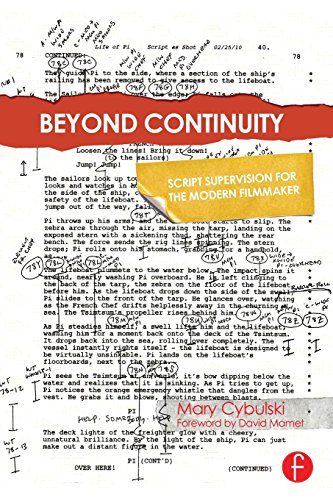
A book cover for Beyond Continuity: Script Supervision for the Modern Filmmaker; Mary Cybulski; Humor & Entertainment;